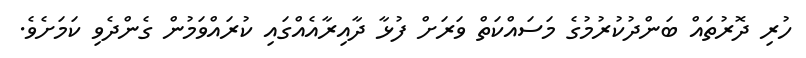
ހުރި ދޮރުތައް ބަންދުކުރުމުގެ މަސައްކަތް ވަރަށް ފުޅާ ދާއިރާއެއްގައި ކުރައްވަމުން ގެންދެވި ކަމަށެވެ.